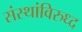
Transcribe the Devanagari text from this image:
संस्थांविरुध्द